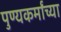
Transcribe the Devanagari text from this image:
पुण्यकर्मांच्या